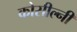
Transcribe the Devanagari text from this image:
कोसील्नी